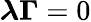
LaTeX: {\boldsymbol{\lambda\Gamma}}=0